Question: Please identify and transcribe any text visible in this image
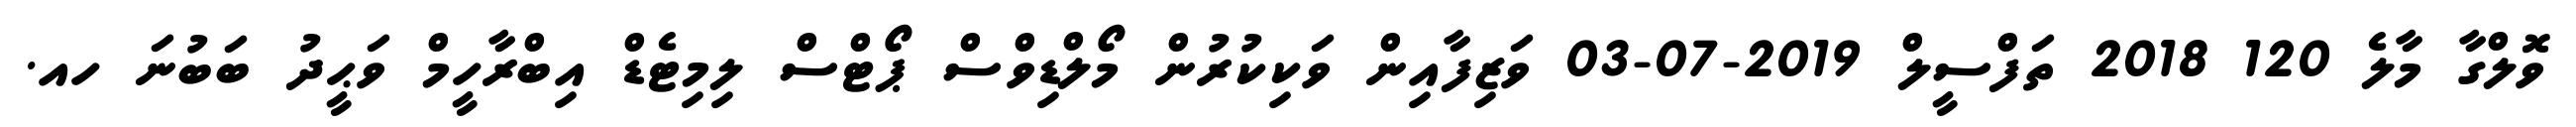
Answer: ވޮލްގާ މާލެ 120 2018 ތަފްސީލް 2019-07-03 ވަޒިފާއިން ވަކިކުރުން މޯލްޑިވްސް ޕޯޓްސް ލިމިޓެޑް އިބްރާހީމް ވަޙީދު ބަބުނަ ހއ.